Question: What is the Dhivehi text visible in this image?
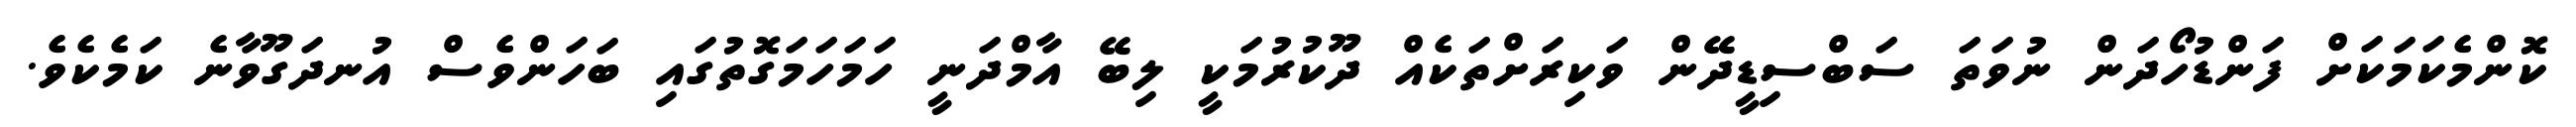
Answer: ކޮންމެކަމަކަށް ފަންޑުހޯދަން ނުވަތަ ސަބްސިޑީދޭން ވަކިރަށްތަކެއް ދޫކުރުމަކީ ލިބޭ އާމްދަނީ ހަމަހަމަގޮތުގައި ބަހަންވެސް އުނދަގޫވާނެ ކަމެކެވެ.